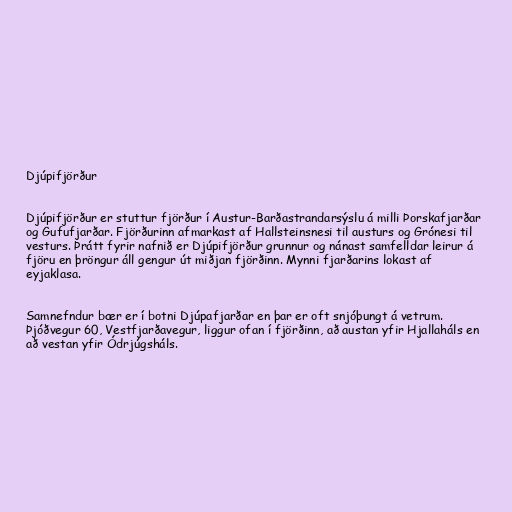
Djúpifjörður

Djúpifjörður er stuttur fjörður í Austur-Barðastrandarsýslu á milli Þorskafjarðar
og Gufufjarðar. Fjörðurinn afmarkast af Hallsteinsnesi til austurs og Grónesi til
vesturs. Þrátt fyrir nafnið er Djúpifjörður grunnur og nánast samfelldar leirur á
fjöru en þröngur áll gengur út miðjan fjörðinn. Mynni fjarðarins lokast af
eyjaklasa.

Samnefndur bær er í botni Djúpafjarðar en þar er oft snjóþungt á vetrum.
Þjóðvegur 60, Vestfjarðavegur, liggur ofan í fjörðinn, að austan yfir Hjallaháls en
að vestan yfir Ódrjúgsháls.